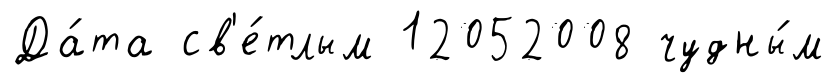
Да́та св'е́тлым 12052008 чудны́м